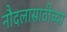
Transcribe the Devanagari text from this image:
नौदलासाठीच्या